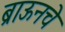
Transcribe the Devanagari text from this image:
ब्राऊनचेेे